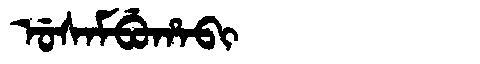
Manchu: ᡠᠰᠠᠮᠪᡠᡥᠠᠪᡳ
Romanization: USAMBUHABI